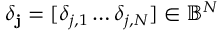
\boldsymbol { \delta } _ { \mathbf { j } } = [ \delta _ { j , 1 } \dots \delta _ { j , N } ] \in \mathbb { B } ^ { N }